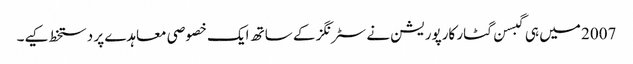
2007 میں ہی گبسن گٹار کارپوریشن نے سٹرنگز کے ساتھ ایک خصوصی معاہدے پر دستخط کیے۔